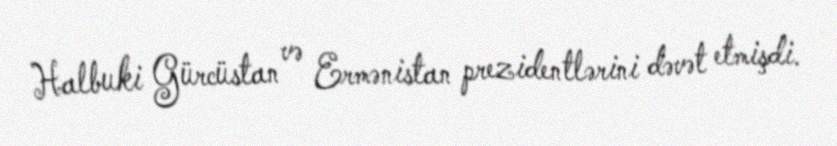
Halbuki Gürcüstan və Ermənistan prezidentlərini dəvət etmişdi.